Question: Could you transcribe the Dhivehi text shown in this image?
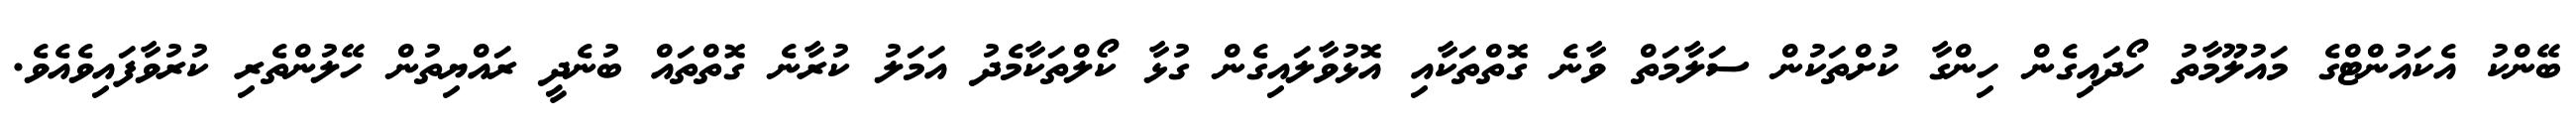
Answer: ބޭންކު އެކައުންޓްގެ މައުލޫމާތު ހޯދައިގެން ހިންގާ ކުށްތަކުން ސަލާމަތް ވާނެ ގޮތްތަކާއި އޮޅުވާލައިގެން ގުޅާ ކޯލްތަކާމެދު އަމަލު ކުރާނެ ގޮތްތައް ބުނެދީ ރައްޔިތުން ހޭލުންތެރި ކުރުވާފައިވެއެވެ.